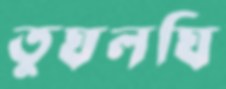
তুঘলঘি